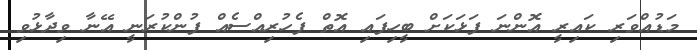
މަޑުއްވަރި ކައިރީ އޮންނަ ފަޅަކަށް ބީހިފައި އޮތް ފެހުރިއްސެއް ފުންކުރަނީ އޭނާ ވިދާޅުވި